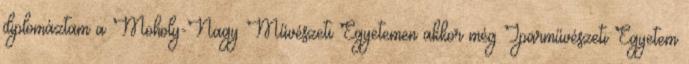
diplomáztam a Moholy-Nagy Művészeti Egyetemen akkor még Iparművészeti Egyetem